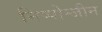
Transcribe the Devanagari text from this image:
निप्पोन्जीन